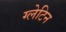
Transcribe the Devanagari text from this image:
ग्लेटिन